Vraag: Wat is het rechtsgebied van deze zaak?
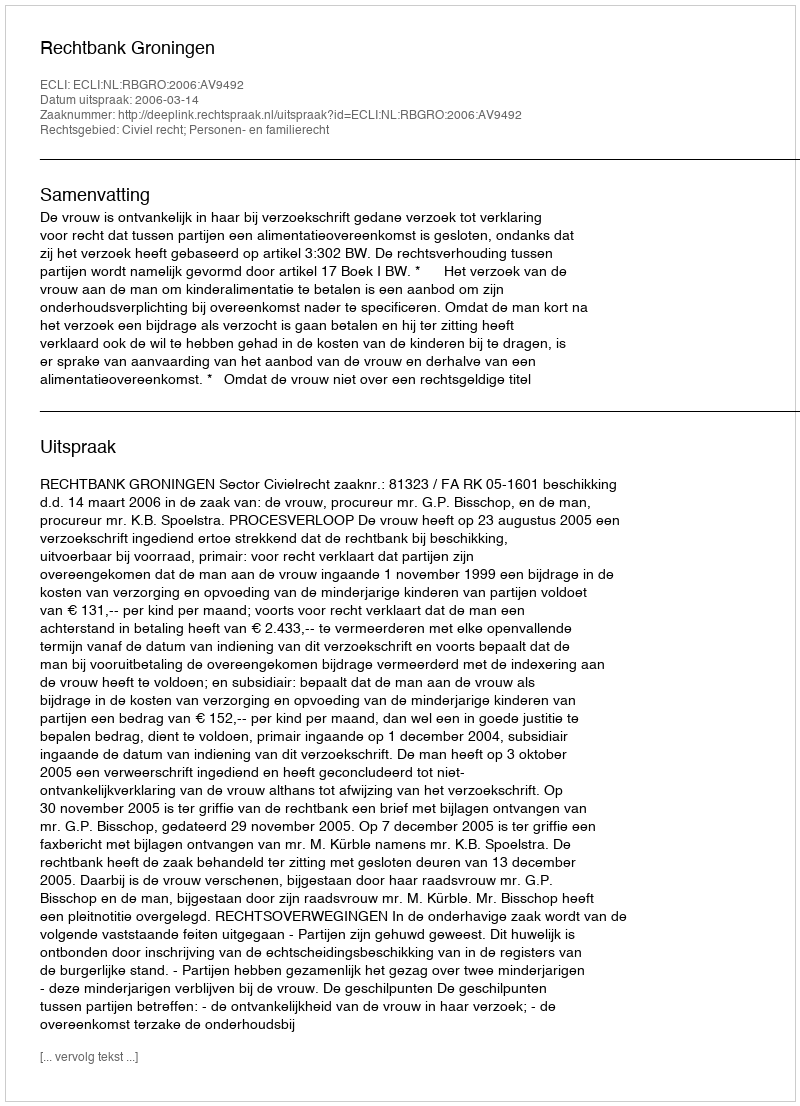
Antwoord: Civiel recht; Personen- en familierecht